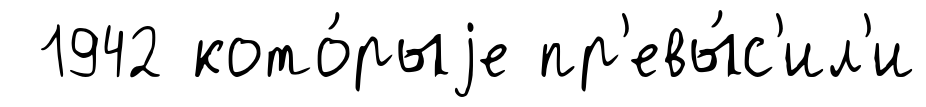
1942 кото́рыjе пр'евы́с'ил'и